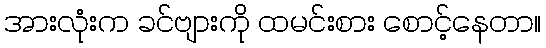
အားလုံးက ခင်ဗျားကို ထမင်းစား စောင့်နေတာ။